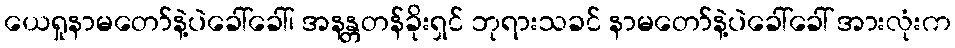
ယေရှုနာမတော်နဲ့ပဲခေါ်ခေါ်၊ အနန္တတန်ခိုးရှင် ဘုရားသခင် နာမတော်နဲ့ပဲခေါ်ခေါ် အားလုံးက